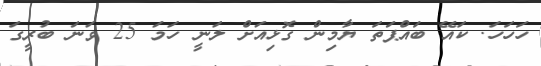
ހަހަހަ. ކައޭ ބައްޕަތަ ޔާމިން ގޮޅިއަށް ލަނީ ހަމަ 25 ވަނަ ބުރީގަ